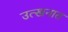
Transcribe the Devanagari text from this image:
उत्खनात